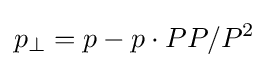
p_{\perp }=p-p\cdot PP/P^{2}